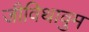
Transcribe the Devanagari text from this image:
जीविथावुम